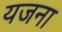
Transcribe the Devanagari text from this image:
यजना